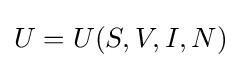
U=U(S,V,I,N)